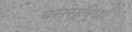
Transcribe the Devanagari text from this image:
बससुविधा